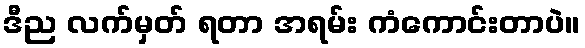
ဒီည လက်မှတ် ရတာ အရမ်း ကံကောင်းတာပဲ။